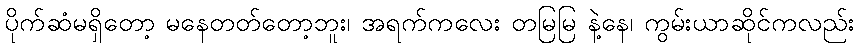
ပိုက်ဆံမရှိတော့ မနေတတ်တော့ဘူး၊ အရက်ကလေး တမြမြ နဲ့နေ၊ ကွမ်းယာဆိုင်ကလည်း